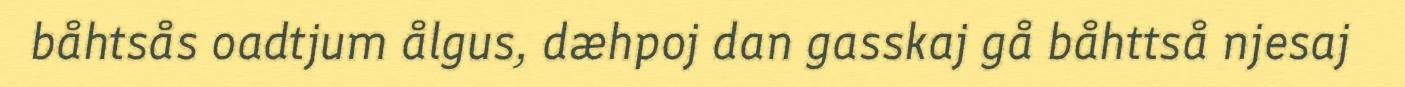
båhtsås oadtjum ålgus, dæhpoj dan gasskaj gå båhttså njesaj